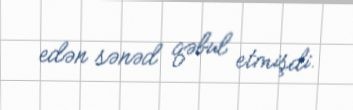
edən sənəd qəbul etmişdi.